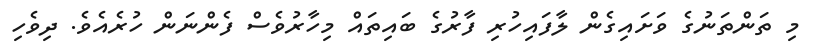
މި ތަންތަނުގެ ވަށައިގެން ލާފައިހުރި ފާރުގެ ބައިތައް މިހާރުވެސް ފެންނަން ހުރެއެވެ. ދިވެހި